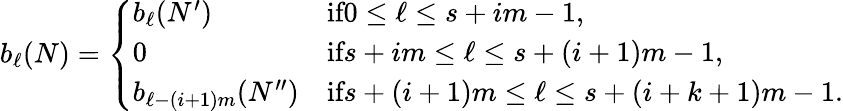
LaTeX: b_{\ell}(N)=\left\{ \begin{array}{ll}{b_{\ell}(N^{\prime})}&{\textrm{if}0\le\ell\le s+im-1,}\\ {0}&{\textrm{if}s+im\le\ell\le s+(i+1)m-1,}\\ {b_{\ell-(i+1)m}(N^{\prime\prime})}&{\textrm{if}s+(i+1)m\le\ell\le s+(i+k+1)m-1.}\end{array}\right.